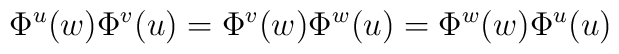
\Phi^u(w)\Phi^v(u)=\Phi^v(w)\Phi^w(u)=\Phi^w(w)\Phi^u(u)